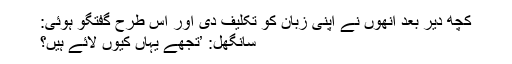
کچھ دیر بعد انھوں نے اپنی زبان کو تکلیف دی اور اس طرح گفتگو ہوئی:
سانگھل: ’تجھے یہاں کیوں لائے ہیں؟